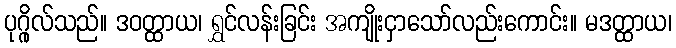
ပုဂ္ဂိုလ်သည်။ ဒဝတ္ထာယ၊ ရွှင်လန်းခြင်း အကျိုးငှာသော်လည်းကောင်း။ မဒတ္ထာယ၊